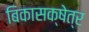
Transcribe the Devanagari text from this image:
बिकासक्षेत्र